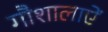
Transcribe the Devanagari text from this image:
गौशालाऐं